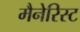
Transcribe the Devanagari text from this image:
मैनेरिस्ट